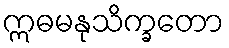
ဣဓမနုသိက္ခတော